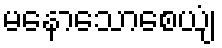
မနောသောစေယျံ